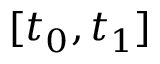
[ t _ { 0 } , t _ { 1 } ]